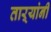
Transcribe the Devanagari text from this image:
ताऱ्यांनी